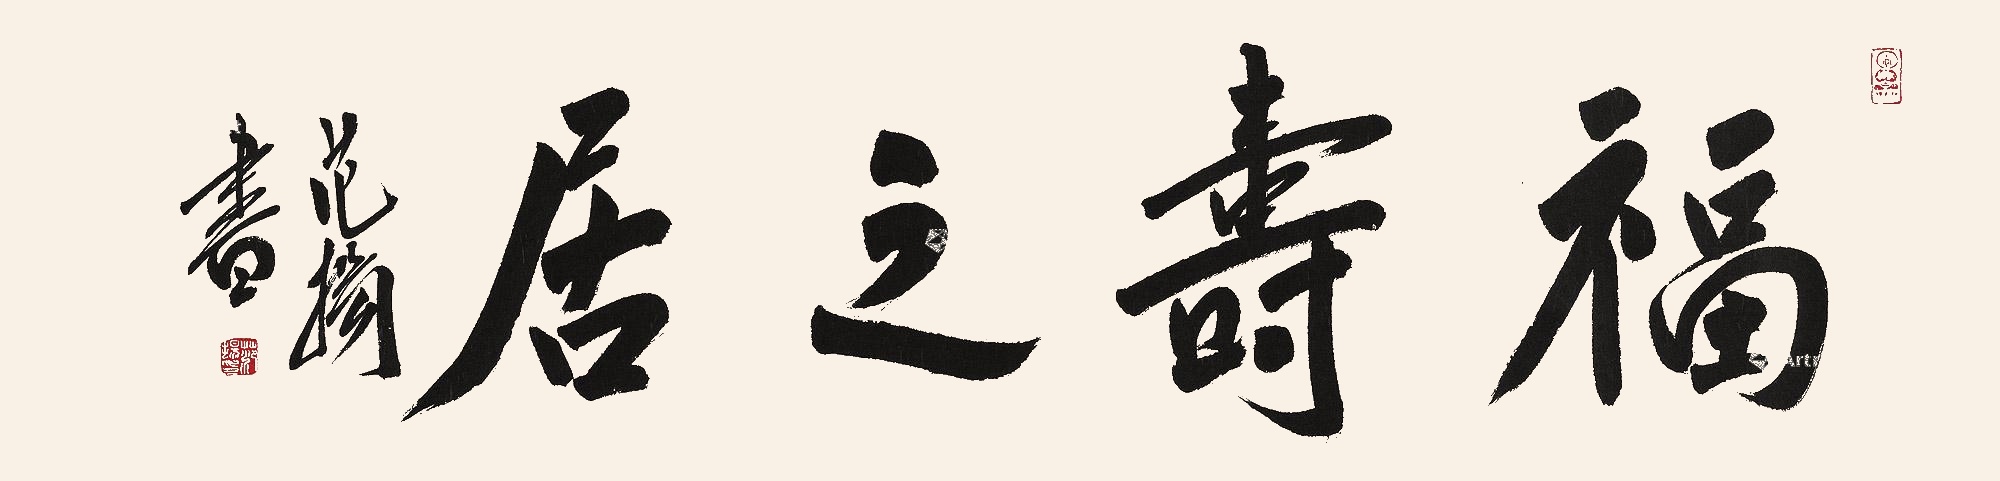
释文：福寿之居范扬书。